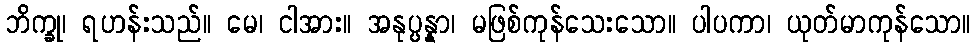
ဘိက္ခု၊ ရဟန်းသည်။ မေ၊ ငါအား။ အနုပ္ပန္နာ၊ မဖြစ်ကုန်သေးသော။ ပါပကာ၊ ယုတ်မာကုန်သော။